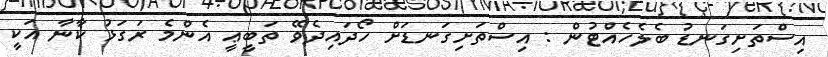
އިސްތަށިގަނޑު ބެލެހެއްޓުން : އިސްތަށިގަނޑަށް ހޯދައިދެވޭ ތަބީޢީ އެންމެ ރަގަޅު ކާނާ އަކީ